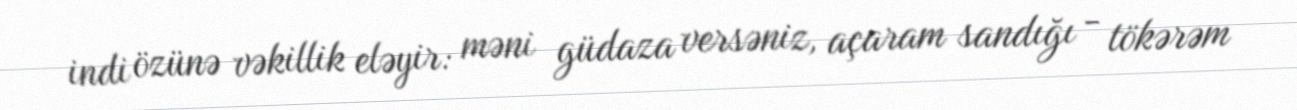
indi özünə vəkillik eləyir: məni güdaza versəniz, açaram sandığı - tökərəm